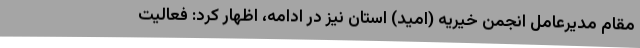
مقام مدیرعامل انجمن خیریه (امید) استان نیز در ادامه، اظهار کرد: فعالیت